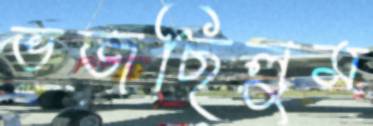
ভজছিলুম